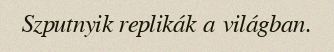
Szputnyik replikák a világban.